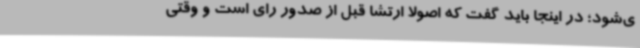
ی‌شود؛ در اینجا باید گفت که اصولاً ارتشا قبل از صدور رای است و وقتی